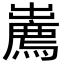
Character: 𢋱